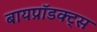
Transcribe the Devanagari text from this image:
बायप्रॉडक्ट्स